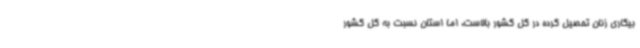
بیکاری زنان تحصیل کرده در کل کشور بالاست، اما استان نسبت به کل کشور